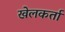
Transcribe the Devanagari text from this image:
खेलकर्ता